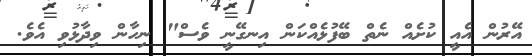
އޭރުން އެއީ ކުށެއް ނެތް ބޭފުޅެއްކަން އިނގޭނީ ވެސް" ނިހާން ވިދާޅުވި އެވެ.